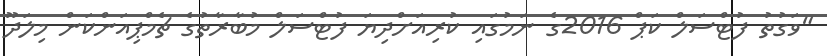
"ވަގުތު ފުޓްސަލް ކަޕް 2016ގެ ނަމުގައި ކުރިއަށްދިޔަ ފުޓްސަލް މުބާރާތުގެ ޗެމްޕިއަންކަން މިލަދޫ